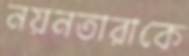
নয়নতারাকে